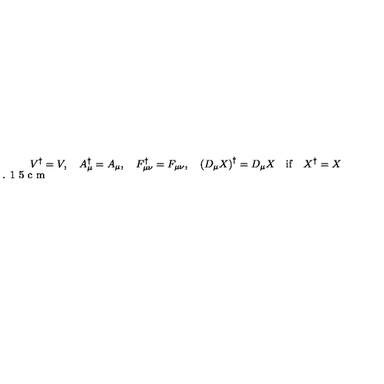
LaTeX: V ^ { \dagger } = V , \quad A _ { \mu } ^ { \dagger } = A _ { \mu } , \quad F _ { \mu \nu } ^ { \dagger } = F _ { \mu \nu } , \quad \left( D _ { \mu } X \right) ^ { \dagger } = D _ { \mu } X \quad \mathrm { i f } \quad X ^ { \dagger } = X \vspace * { - 0 . 1 5 c m }